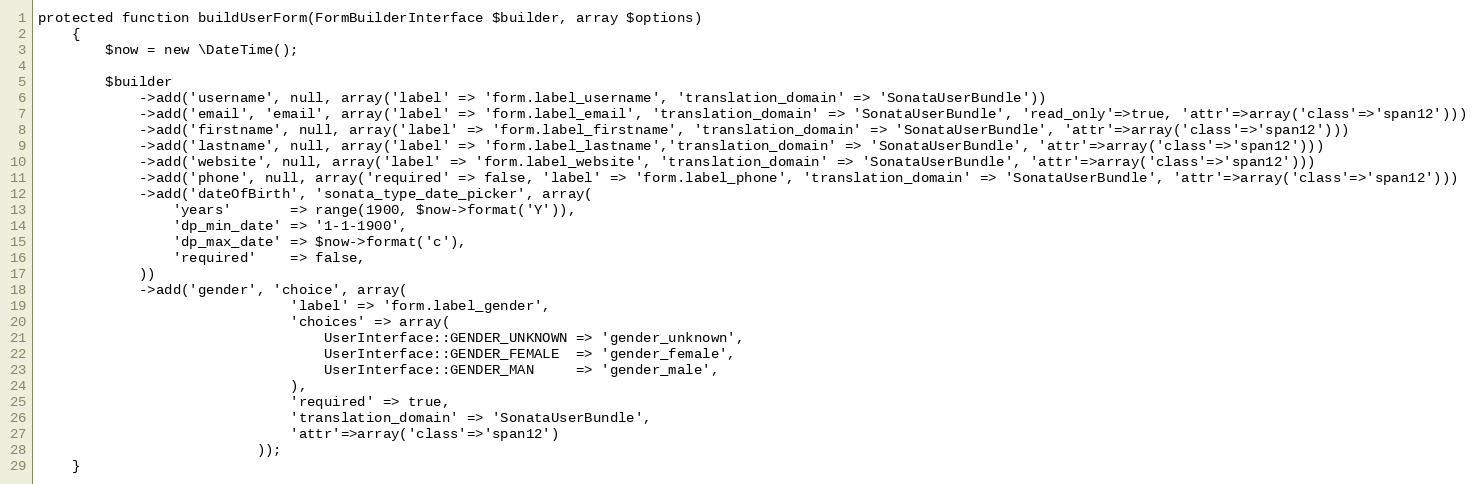
Language: PHP
protected function buildUserForm(FormBuilderInterface $builder, array $options)
    {
        $now = new \DateTime();

        $builder
            ->add('username', null, array('label' => 'form.label_username', 'translation_domain' => 'SonataUserBundle'))
            ->add('email', 'email', array('label' => 'form.label_email', 'translation_domain' => 'SonataUserBundle', 'read_only'=>true, 'attr'=>array('class'=>'span12')))
            ->add('firstname', null, array('label' => 'form.label_firstname', 'translation_domain' => 'SonataUserBundle', 'attr'=>array('class'=>'span12')))
            ->add('lastname', null, array('label' => 'form.label_lastname','translation_domain' => 'SonataUserBundle', 'attr'=>array('class'=>'span12')))
            ->add('website', null, array('label' => 'form.label_website', 'translation_domain' => 'SonataUserBundle', 'attr'=>array('class'=>'span12')))
            ->add('phone', null, array('required' => false, 'label' => 'form.label_phone', 'translation_domain' => 'SonataUserBundle', 'attr'=>array('class'=>'span12')))
            ->add('dateOfBirth', 'sonata_type_date_picker', array(
                'years'       => range(1900, $now->format('Y')),
                'dp_min_date' => '1-1-1900',
                'dp_max_date' => $now->format('c'),
                'required'    => false,
            ))
            ->add('gender', 'choice', array(
                              'label' => 'form.label_gender',
                              'choices' => array(
                                  UserInterface::GENDER_UNKNOWN => 'gender_unknown',
                                  UserInterface::GENDER_FEMALE  => 'gender_female',
                                  UserInterface::GENDER_MAN     => 'gender_male',
                              ),
                              'required' => true,
                              'translation_domain' => 'SonataUserBundle',
                              'attr'=>array('class'=>'span12')
                          ));
    }